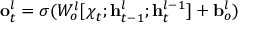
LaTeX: \mathbf { o } _ { t } ^ { l } = \sigma ( W _ { o } ^ { l } [ { \boldsymbol { \chi } } _ { t } ; \mathbf { h } _ { t - 1 } ^ { l } ; \mathbf { h } _ { t } ^ { l - 1 } ] + \mathbf { b } _ { o } ^ { l } )